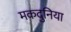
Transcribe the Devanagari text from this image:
मकदुनिया